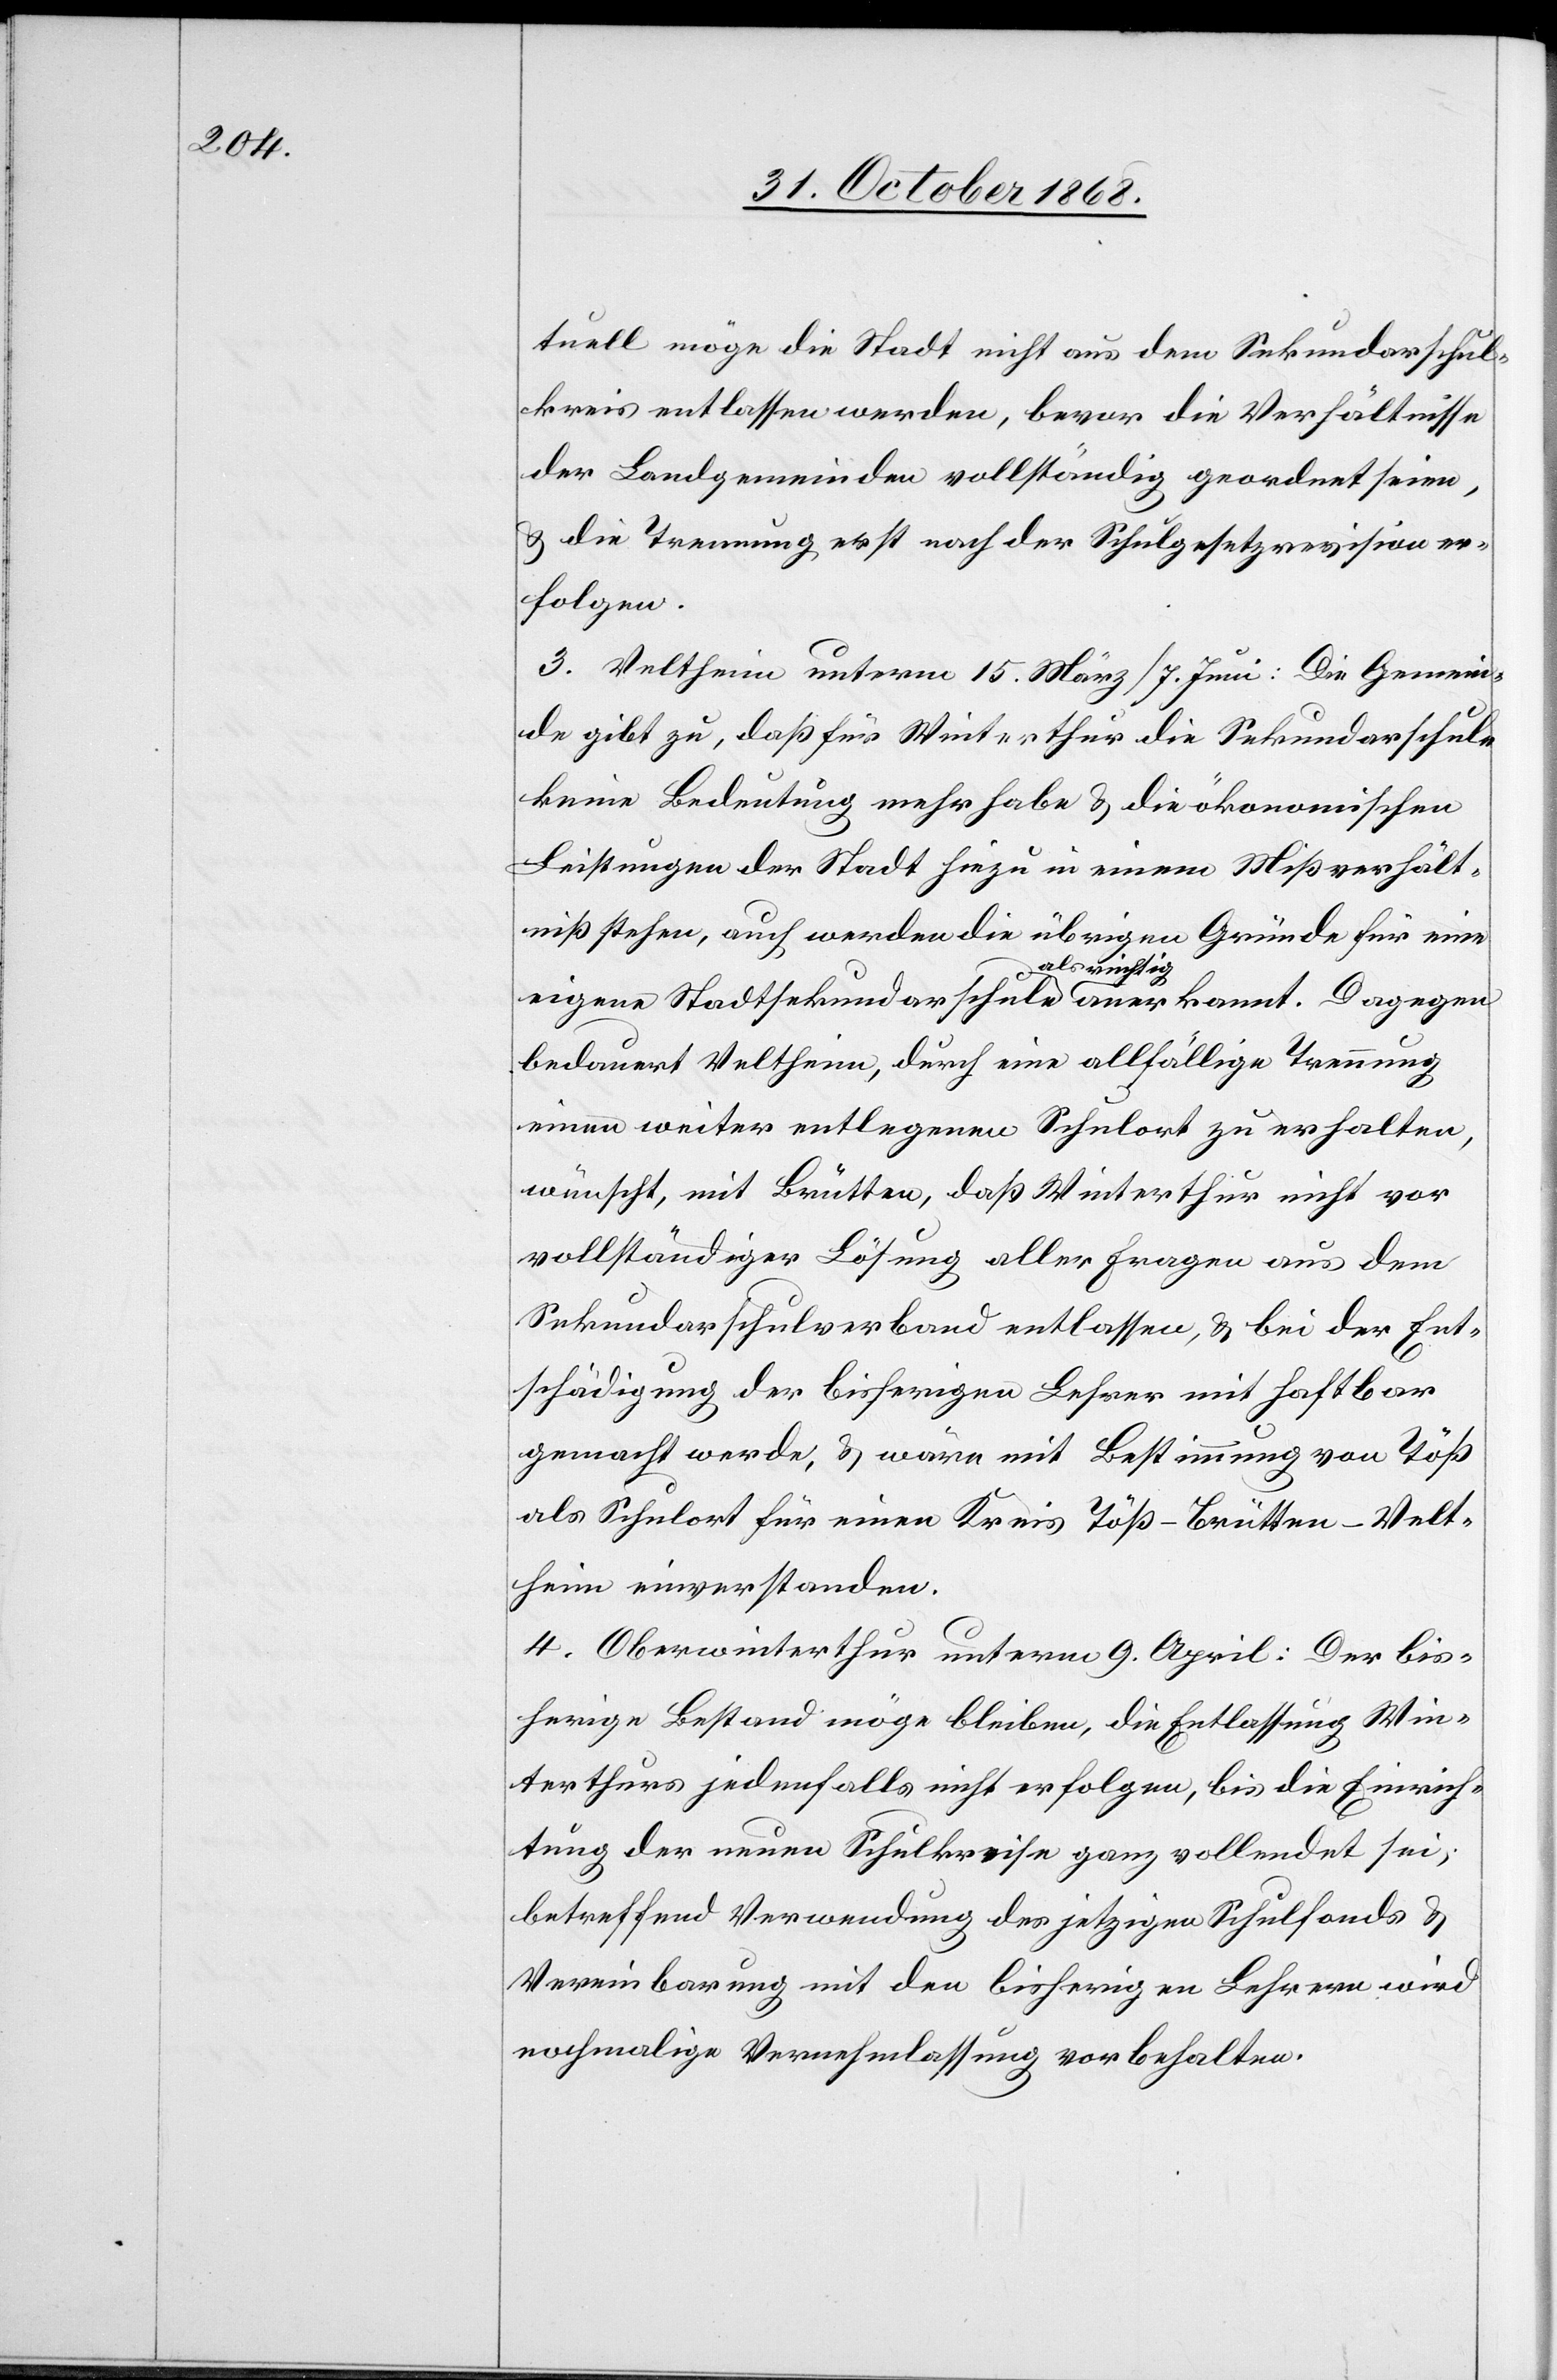
tuell möge die Stadt nicht aus dem Sekundarschul¬
kreis entlassen werden, bevor die Verhältnisse
der Landgemeinden vollständig geordnet seien,
& die Trennung erst nach der Schulgesetzrevision er¬
folgen.
3. Veltheim unterm 15. März / 7. Juni: Die Gemein¬
de gibt zu, daß für Winterthur die Sekundarschule
keine Bedeutung mehr habe & die ökonomischen
Leistungen der Stadt hiezu in einem Mißverhält¬
niß stehen, auch werden die übrigen Gründe für eine
eigene Stadtsekundarschule als richtig anerkannt. Dagegen
bedauert Veltheim, durch eine allfällige Trennung
einen weiter entlegenen Schulort zu erhalten,
wünscht, mit Brütten, daß Winterthur nicht vor
vollständiger Lösung aller Fragen aus dem
Sekundarschulverband entlassen, & bei der Ent¬
schädigung der bisherigen Lehrer mit haftbar
gemacht werde, & wäre mit Bestimmung von Töß
als Schulort für einen Kreis Töß-Brütten-Velt¬
heim einverstanden.
4. Oberwinterthur unterm 9. April: Der bis¬
herige Bestand möge bleiben, die Entlassung Win¬
terthurs jedenfalls nicht erfolgen, bis die Einrich¬
tung der neuen Schulkreise ganz vollendet sei;
betreffend Verwendung des jetzigen Schulfonds &
Vereinbarung mit den bisherigen Lehrern wird
nochmalige Vernehmlassung vorbehalten.